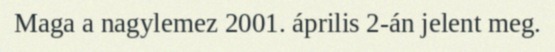
Maga a nagylemez 2001. április 2-án jelent meg.